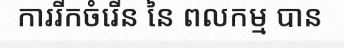
ការរីកចំរើន នៃ ពលកម្ម បាន